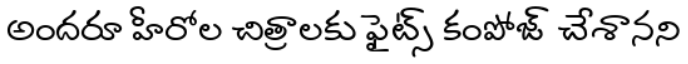
అందరూ హీరోల చిత్రాలకు ఫైట్స్ కంపోజ్ చేశానని